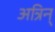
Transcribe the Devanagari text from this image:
अत्रिन्